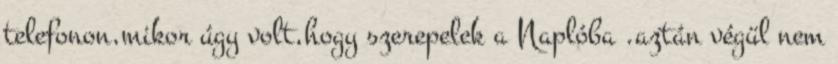
telefonon,mikor úgy volt,hogy szerepelek a Naplóba .aztán végül nem